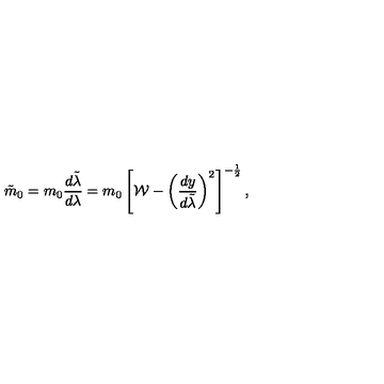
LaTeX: \tilde { m } _ { 0 } = m _ { 0 } { \frac { d \tilde { \lambda } } { d \lambda } } = m _ { 0 } \left[ { \cal W } - \left( { \frac { d y } { d \tilde { \lambda } } } \right) ^ { 2 } \right] ^ { - { \frac { 1 } { 2 } } } ,